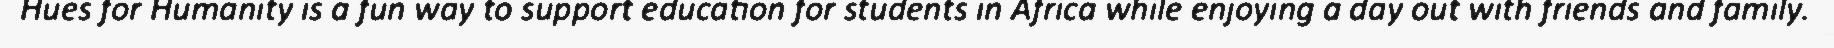
Hues for Humanity is a fun way to support education for students in Africa while enjoying a day out with friends and family.